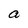
Character: a